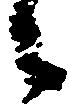
御